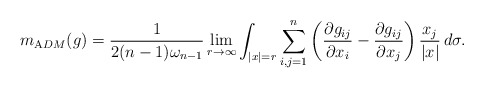
\begin{align*}m_{\mathrm ADM}(g) = \frac{1}{2(n-1)\omega_{n-1}} \lim_{r\to \infty} \int_{|x|=r} \sum_{i,j=1}^n \left( \frac{\partial g_{ij}}{\partial x_i} - \frac{\partial g_{ij}}{\partial x_j} \right) \frac{x_j}{|x|} \, d\sigma.\end{align*}